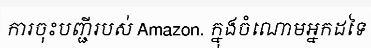
ការចុះបញ្ជីរបស់ Amazon. ក្នុងចំណោមអ្នកដទៃ